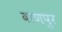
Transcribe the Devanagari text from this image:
बाणपुर